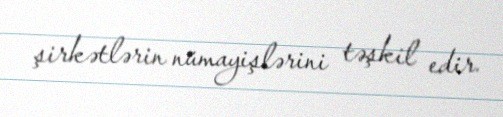
şirkətlərin nümayişlərini təşkil edir.